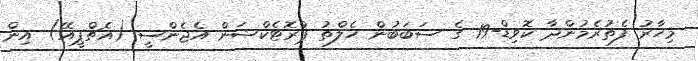
މިހާރު ފެތުރެމުންދާ ކޮވިޑް-19 ގެ ސަބަބުން ހެލްތު ޕްރޮޓެކްޝަން އެޖެންސީ (އެޗްޕީއޭ) އިން